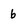
Character: b